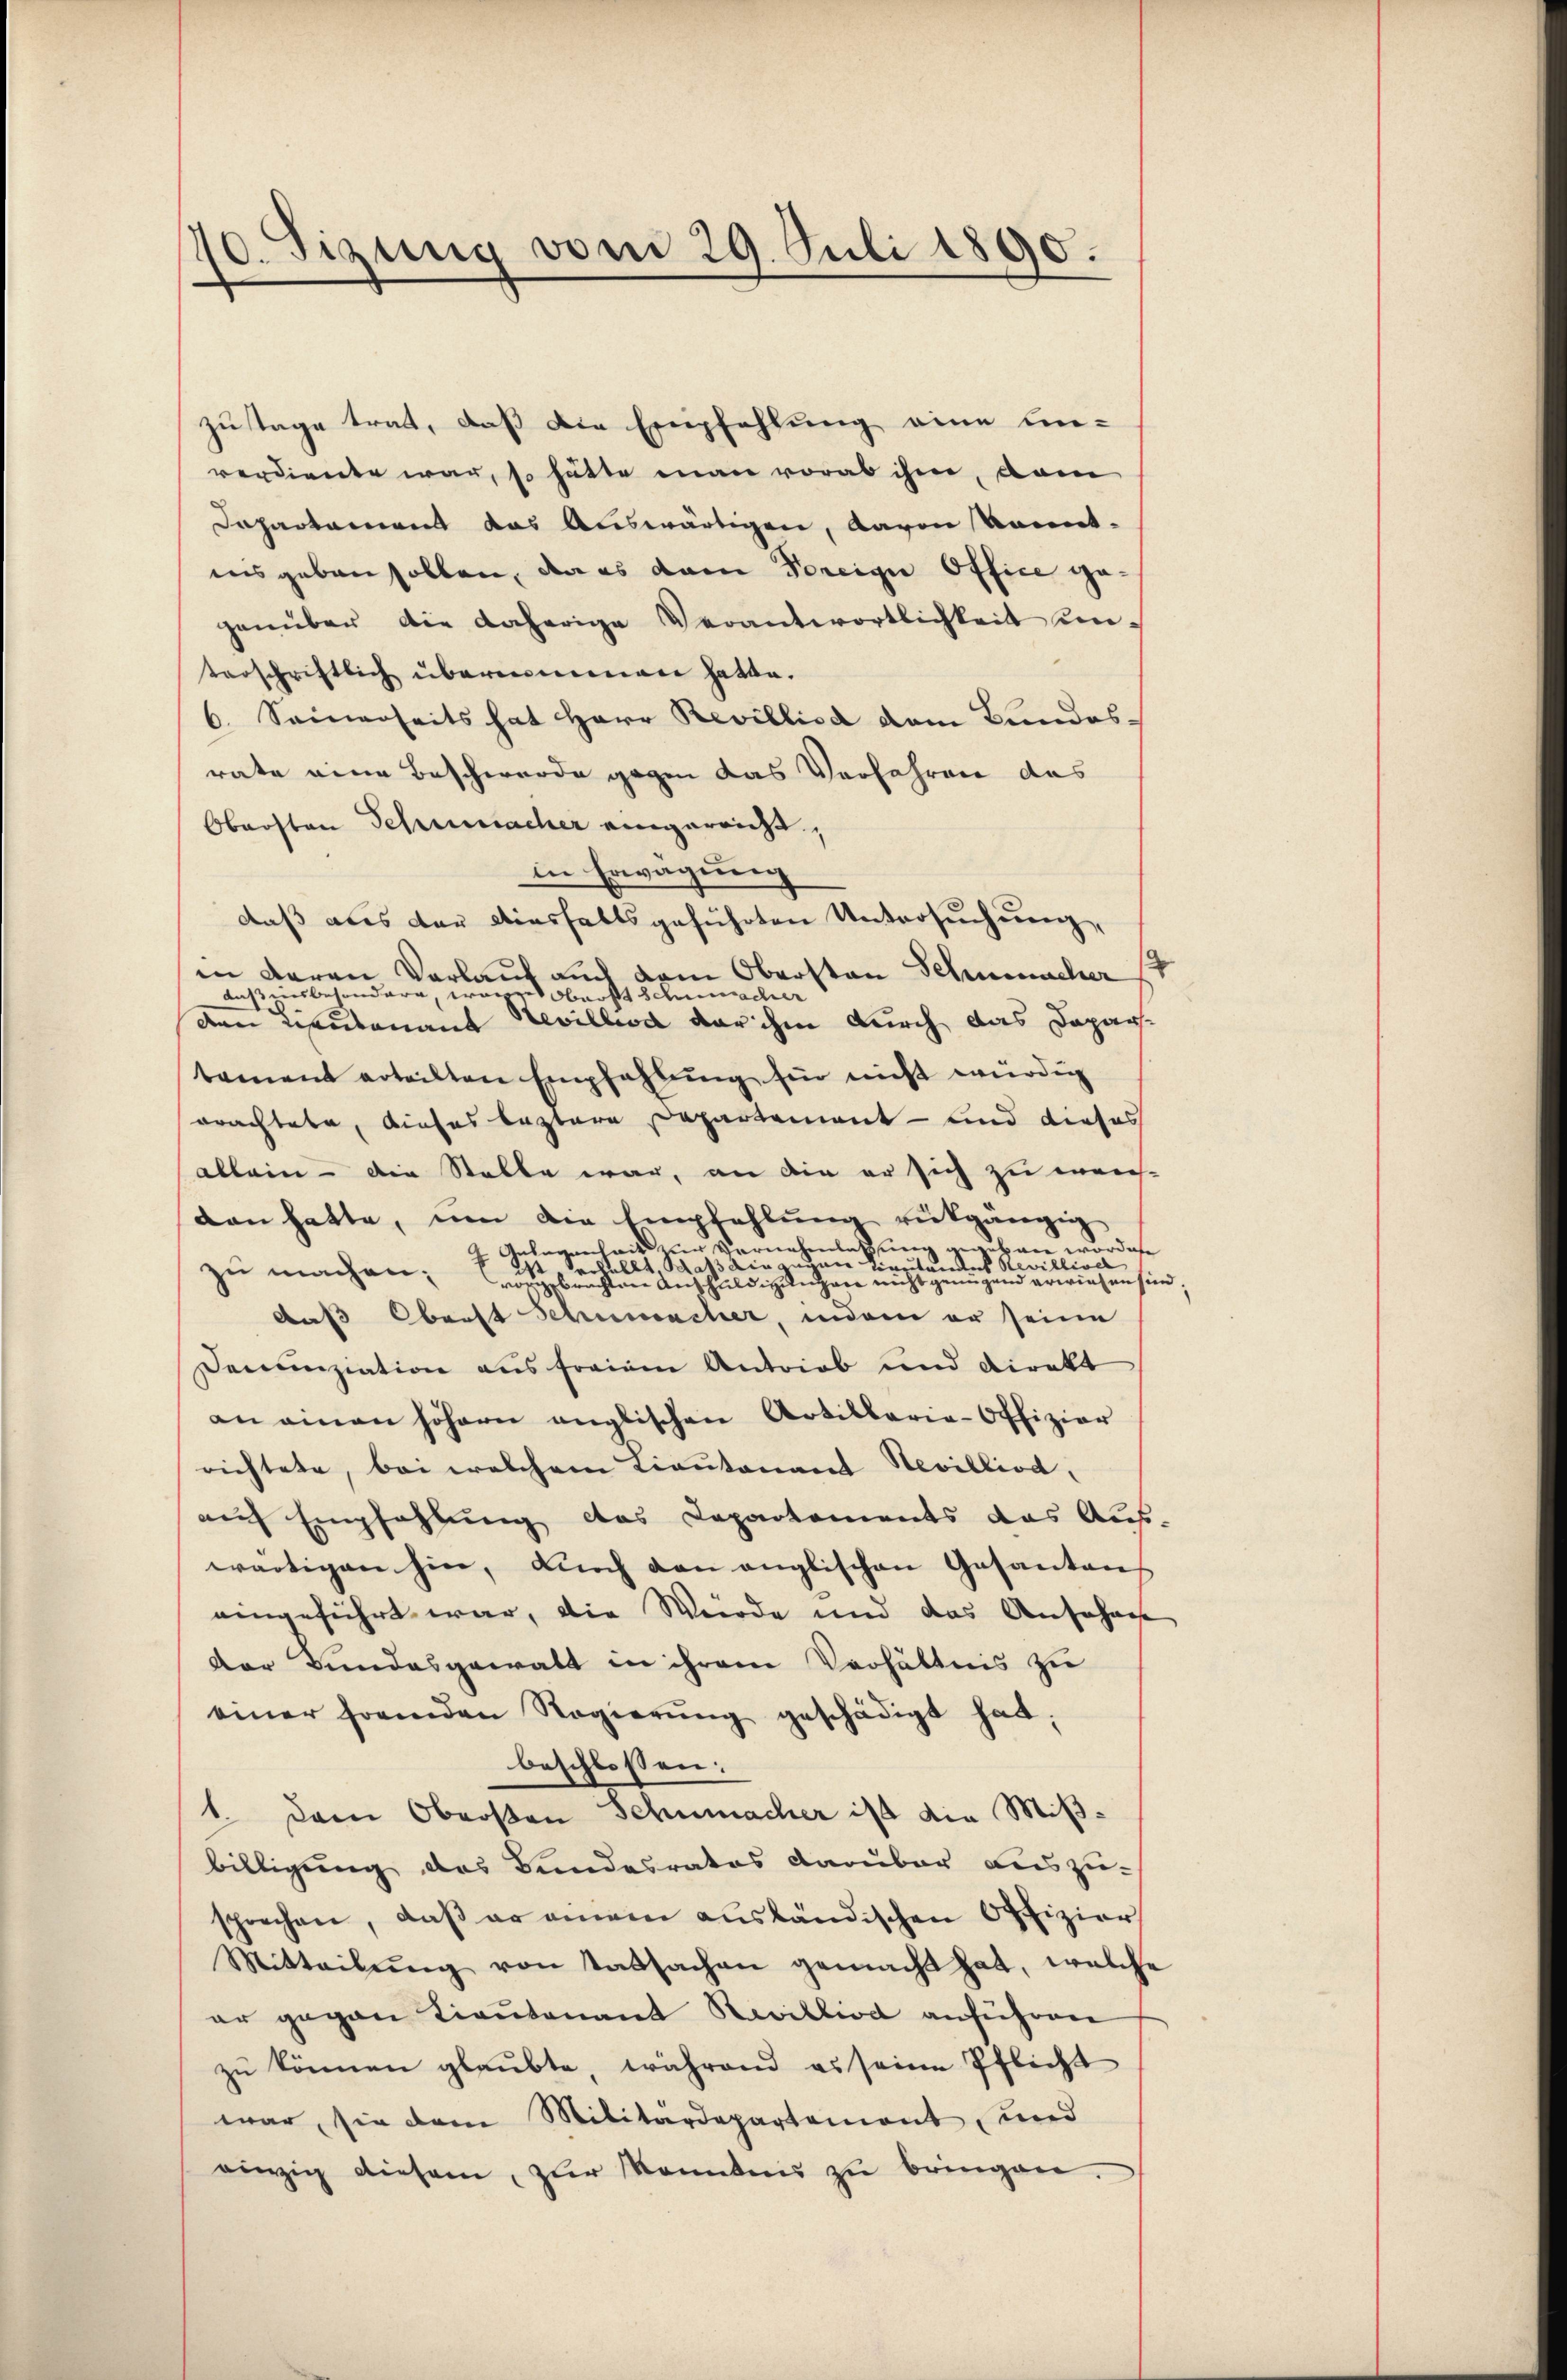
10. Sizung vom 29. Juli 1890.

zutage trat, daß die Empfehlung eine Ein-
verdiente war, so hätte man vorab ihm, dam
Dapartament das Auswärtigen, davon konnt-
insgeben sollen, da es dem Freige Office gegenüber die daherige Verantwortlichkeit um-
terschriftlich übernimmen hatte.
6. Seinerseits hat Herr Revillisa vom Bundesrate eine Beschwerde gegen das Verfahren das
Obersten Schumacher eingereicht,
in Erwägung
daß aus der dieshaltsgeführten Untersuchung,
in daran Verlauf auch dem Obersten Schumacher 17
daß insbesondern, ir
ge oberst Schnischer
den Rautenant Nevilla der ihm durch das Dapartament erteilten Empfahlŭng für nicht würdig
orachtete, dieses leztere Departement - und dieses
allein - die Stalle war, an die er sich zu weich-
dan hatte, um die Empfehlŭng rückgängig
telegenheit zur Vernehmlassung gegeben worden
2 Vertellt, das ain ein Viertandes Nevillivel
zŭ machen; vorgebrachten Anschŭldigungen nicht genügend erwiesen sind;
Auß Oberst Schumacher, indem er seine
Denunziation aus freiem Antrieb und Direkt
an einen höhern anglischen Artillarie-Offizier
richtete, bei welchem Lieutenant Nevilliod,
auf Empfehlung das Capartements das Aus-
wärtigen hin, dŭrch den anglischen Gesanten
eingeführt war, die Würde und das Ansohne
der Bundesgewalt in ihrem Verhältnis zu
einer fremden Regierŭng geschädigt hat.
beschlossen:
1. Dem Obersten Schumacher ist die Mißbilligung des Bundesrates darüber auszu-
sprechen, daß er einem ausländischen Offizier
Mitteilŭng von Tatsachen gemacht hat, welche
er gegen Lieutenant Revilliod anführen
zu können glaubte, während es seine Pflicht
war, sie dem Militärdepartement, und
einzig diesem, zŭr Konnten zŭ bringen.